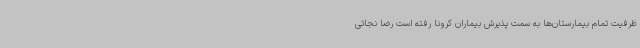
ظرفیت تمام بیمارستان‌ها به سمت پذیرش بیماران کرونا رفته است رضا نجاتی